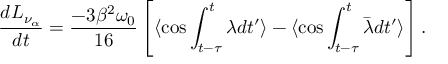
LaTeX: { \frac { d L _ { \nu _ { \alpha } } } { d t } } = { \frac { - 3 \beta ^ { 2 } \omega _ { 0 } } { 1 6 } } \left[ \langle \cos \int _ { t - \tau } ^ { t } \lambda d t ^ { \prime } \rangle - \langle \cos \int _ { t - \tau } ^ { t } \bar { \lambda } d t ^ { \prime } \rangle \right] .